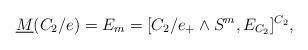
LaTeX: \begin{align*}\underline{M}(C_2/e) = E_m = [C_2/e_+ \wedge S^{m} , E_{C_2}]^{C_2},\end{align*}